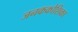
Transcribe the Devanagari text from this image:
जनककोशिका